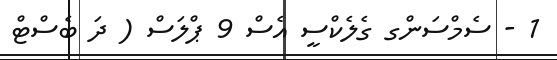
1 - ސެމްސަންގ ގެލެކްސީ އެސް 9 ޕްލަސް ( ދަ ބެސްޓް